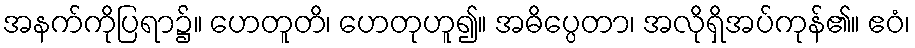
အနက်ကိုပြရာ၌။ ဟေတူတိ၊ ဟေတုဟူ၍။ အဓိပ္ပေတာ၊ အလိုရှိအပ်ကုန်၏။ ဧဝံ၊